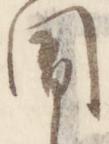
聞